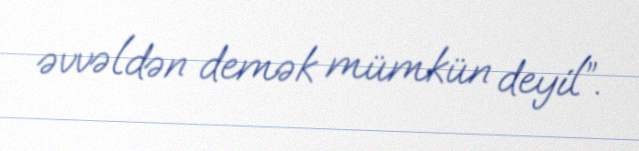
əvvəldən demək mümkün deyil”.